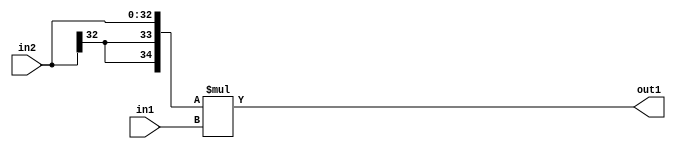
`timescale 1ps / 1ps
/*****************************************************************************
    Verilog RTL Description
    
    
    Created by: Stratus DpOpt 21.05.01 
*******************************************************************************/

module SobelFilter_Mul_33Sx10U_35S_4 (
	in2,
	in1,
	out1
	); /* architecture "behavioural" */ 
input [32:0] in2;
input [9:0] in1;
output [34:0] out1;
wire [34:0] asc001;

assign asc001 = 
	+({{2{in2[32]}}, in2} * in1);

assign out1 = asc001;
endmodule

/* CADENCE  ubHwTgo= : u9/ySxbfrwZIxEzHVQQV8Q== ** DO NOT EDIT THIS LINE ******/